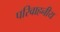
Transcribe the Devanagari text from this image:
परिवाहनीय